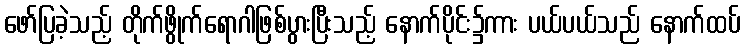
ဖော်ပြခဲ့သည့် တိုက်ဖွိုက်ရောဂါဖြစ်ပွားပြီးသည့် နောက်ပိုင်း၌ကား ပယ်ပယ်သည် နောက်ထပ်